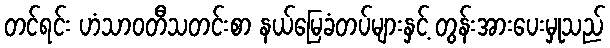
တင်ရင်း ဟံသာဝတီသတင်းစာ နယ်မြေခံတပ်များနှင့် တွန်းအားပေးမှုသည်